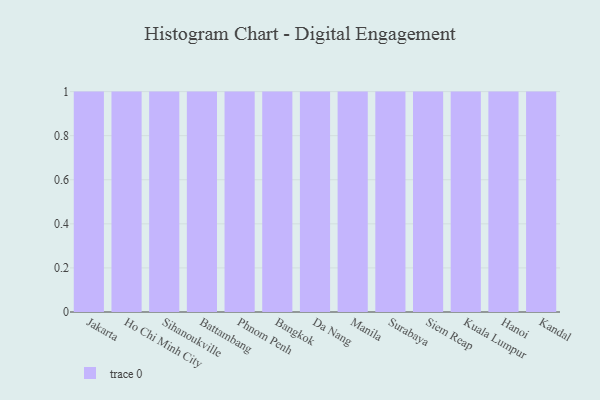
{"axis": {"x": "City", "y": "Demand Index"}, "legend": [""], "data": [{"x": "Jakarta", "y": 94, "type": ""}, {"x": "Ho Chi Minh City", "y": 10, "type": ""}, {"x": "Sihanoukville", "y": 7, "type": ""}, {"x": "Battambang", "y": 98, "type": ""}, {"x": "Phnom Penh", "y": 64, "type": ""}, {"x": "Bangkok", "y": 11, "type": ""}, {"x": "Da Nang", "y": 45, "type": ""}, {"x": "Manila", "y": 26, "type": ""}, {"x": "Surabaya", "y": 8, "type": ""}, {"x": "Siem Reap", "y": 26, "type": ""}, {"x": "Kuala Lumpur", "y": 67, "type": ""}, {"x": "Hanoi", "y": 29, "type": ""}, {"x": "Kandal", "y": 61, "type": ""}]}